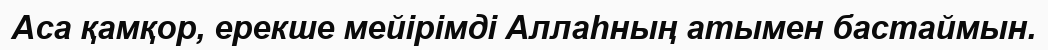
Аса қамқор, ерекше мейірімді Аллаһның атымен бастаймын.